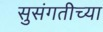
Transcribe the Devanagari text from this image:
सुसंगतीच्या